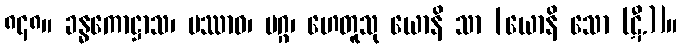
၈၄၈။ ခန္ဓကောဋ္ဌာသ၊ ပဿာဝ၊ မဂ္ဂ၊ ဟေတူသု ယောနိ သာ [ယောနိ သော (ဋီ.)]။